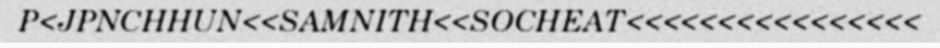
P<JPNCHHUN<<SAMNITH<<SOCHEAT<<<<<<<<<<<<<<<<